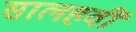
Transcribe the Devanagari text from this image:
सालहवीं